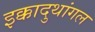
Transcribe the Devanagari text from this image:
इक्कादुथांगल